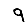
Digit: 9